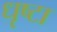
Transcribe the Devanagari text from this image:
धृष्टा